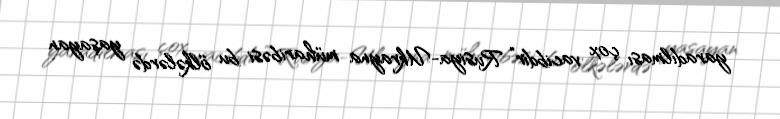
yaradılması çox vacibdir” Rusiya-Ukrayna müharibəsi bu ölkələrdə yaşayan